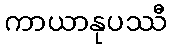
ကာယာနုပဿီ